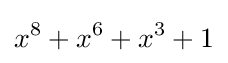
x^{8}+x^{6}+x^{3}+1